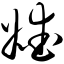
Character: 嫒